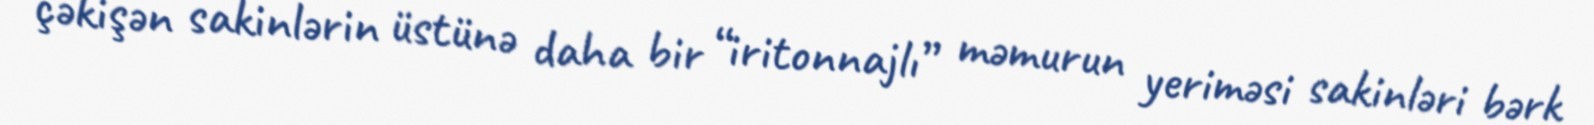
çəkişən sakinlərin üstünə daha bir “iritonnajlı” məmurun yeriməsi sakinləri bərk